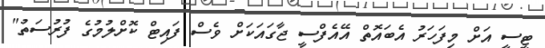
ޓީސީ އަށް މިފަހަރު އެބައޮތް އޭއެފްސީ ޖާގައަކަށް ވެސް ފައިޓް ކޮށްލުމުގެ ފުރުސަތު"